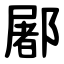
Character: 䣝